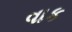
વાક